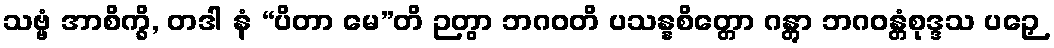
သဗ္ဗံ အာစိက္ခိ, တဒါ နံ “ပိတာ မေ”တိ ဉတွာ ဘဂဝတိ ပသန္နစိတ္တော ဂန္တွာ ဘဂဝန္တံစုဒ္ဒသ ပဉှေ